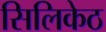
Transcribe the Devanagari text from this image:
सिलिकेठ